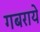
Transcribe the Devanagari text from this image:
गबराये